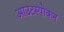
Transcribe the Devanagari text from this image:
आउटस्पोकन